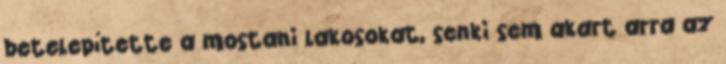
betelepítette a mostani lakosokat, senki sem akart arra az